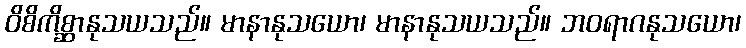
ဝိစိကိစ္ဆာနုသယသည်။ မာနာနုသယော၊ မာနာနုသယသည်။ ဘဝရာဂနုသယော၊